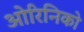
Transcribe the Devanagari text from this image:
ओरिनिको